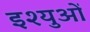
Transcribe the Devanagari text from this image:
इश्युओं